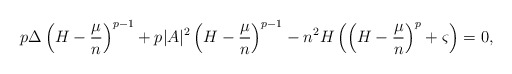
\begin{align*}p\Delta\left(H-\frac{\mu}{n}\right)^{p-1}+p\lvert A\rvert^2\left(H-\frac{\mu}{n}\right)^{p-1}-n^2 H \left(\left(H-\frac{\mu}{n}\right)^p+\varsigma\right)=0,\end{align*}